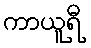
ကာယူရီ